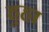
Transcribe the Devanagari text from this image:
हुहा